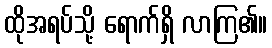
ထိုအရပ်သို့ ရောက်ရှိ လာကြ၏။